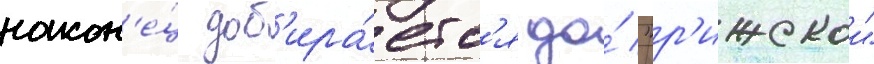
након'е́ц доб'ира́етс'я до́ "р'ижскои"